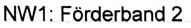
Text: NW1: Förderband 2